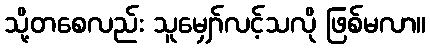
သို့တစေလည်း သူမျှော်လင့်သလို ဖြစ်မလာ။